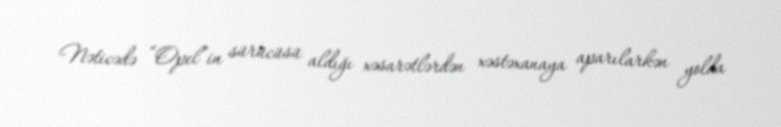
Nəticədə “Opel”in sürücüsü aldığı xəsarətlərdən xəstəxanaya aparılarkən yolda